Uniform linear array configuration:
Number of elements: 24
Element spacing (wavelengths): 0.25
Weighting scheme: uniform
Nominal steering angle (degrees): -15
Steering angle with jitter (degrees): -15.519
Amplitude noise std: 0.05
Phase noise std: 0.05

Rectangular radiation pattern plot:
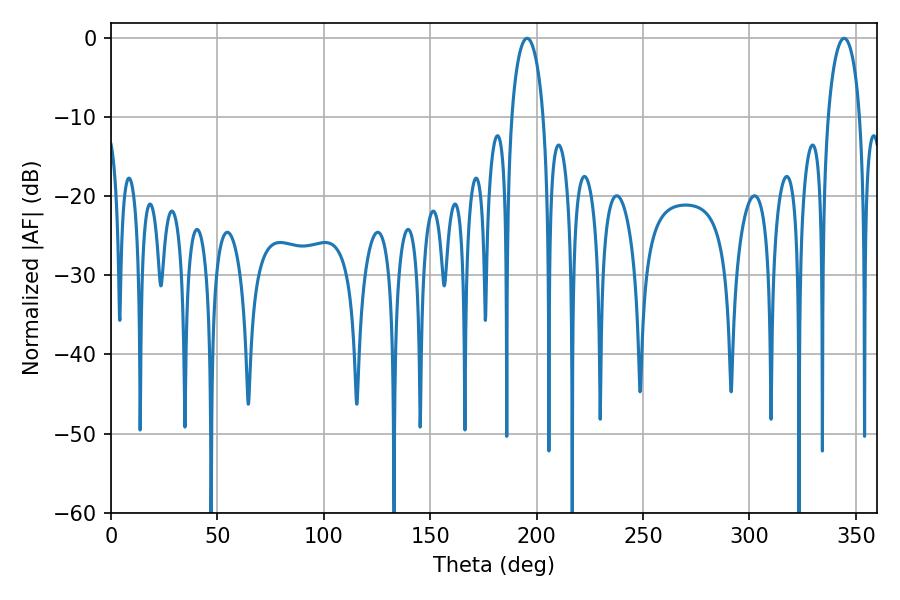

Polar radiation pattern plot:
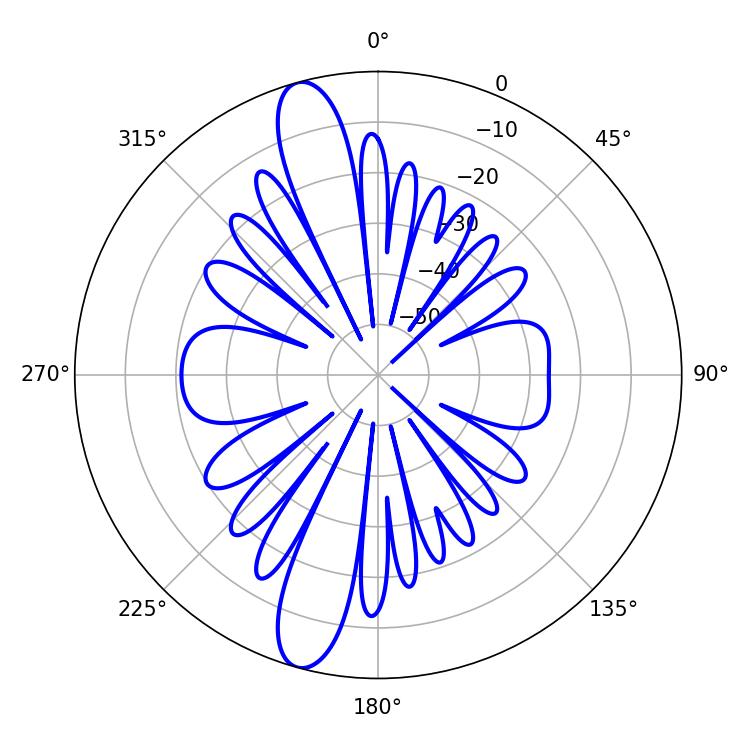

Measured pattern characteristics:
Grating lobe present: FALSE
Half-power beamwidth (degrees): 8.46
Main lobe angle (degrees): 195.48